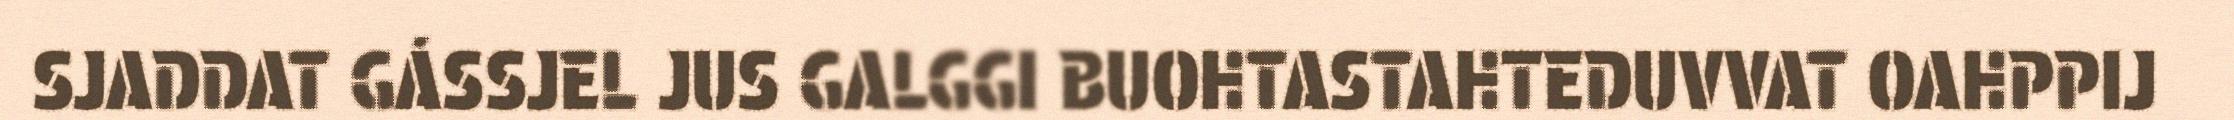
SJADDAT GÁSSJEL JUS GALGGI BUOHTASTAHTEDUVVAT OAHPPIJ